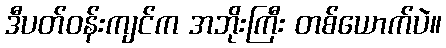
ဒီပတ်ဝန်းကျင်က အဘိုးကြီး တစ်ယောက်ပဲ။